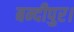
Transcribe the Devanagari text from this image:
बन्दीपुर।